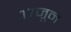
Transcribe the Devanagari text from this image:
१७जून